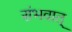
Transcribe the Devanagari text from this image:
संभवात्‌